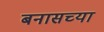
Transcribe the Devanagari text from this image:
बनासच्या